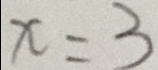
x = 3